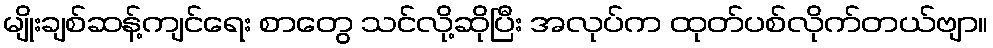
မျိုးချစ်ဆန့်ကျင်ရေး စာတွေ သင်လို့ဆိုပြီး အလုပ်က ထုတ်ပစ်လိုက်တယ်ဗျာ။